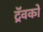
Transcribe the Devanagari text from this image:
ट्रॅवको